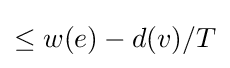
\leq w(e)-d(v)/T